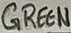
Text: GREEN